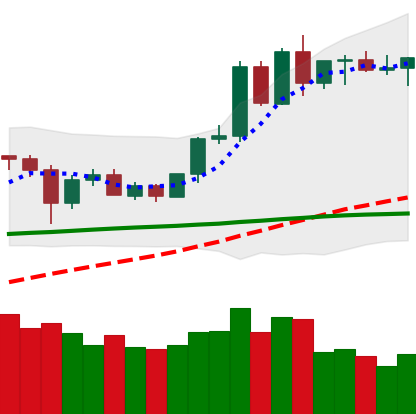
Ticker: ETH-USD
Chart end date: 2020-06-07
Forward return: -3.13%
Label: down_3_5